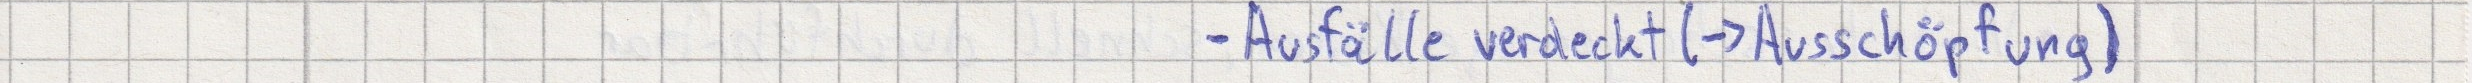
- Ausfälle verdeckt (-> Ausschöpfung)